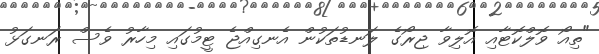
"ތިއޯ ވޮލްކޮޓާއި އޮލިވާ ޖިރޯގެ ލަނޑުތަކުން އެނގިއްޖެ ޓީމުގައި މިހާރު ވެސް ރަނގަޅު